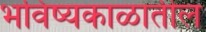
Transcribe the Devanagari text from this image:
भविष्यकाळातील